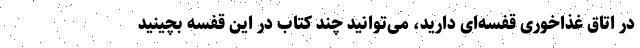
در اتاق غذاخوری قفسه‌ای دارید، می‌توانید چند کتاب در این قفسه بچینید